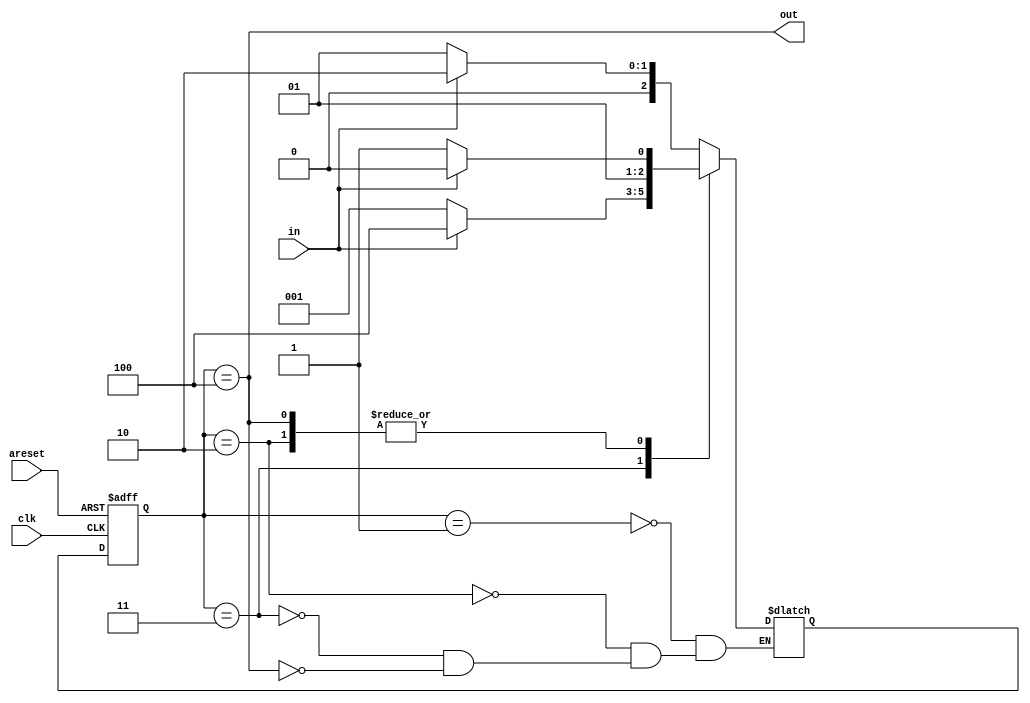
module top_module(
    input clk,
    input in,
    input areset,
    output out
  );
	
    reg [2:0] state, next_state;
    parameter A = 1, B = 2, C = 3, D = 4;
    
    // State transition logic
    always @(*) begin
        case(state)
            A : next_state = (in == 1) ? B : A;
            B : next_state = (in == 1) ? B : C;
            C : next_state = (in == 1) ? D : A;
            D : next_state = (in == 1) ? B : C;
        endcase
    end

    // State flip-flops with asynchronous reset
    always @(posedge clk or posedge areset) begin
        if(areset) state <= A;
        else state <= next_state;
    end

    // Output logic
    assign out = (state == D);

endmodule